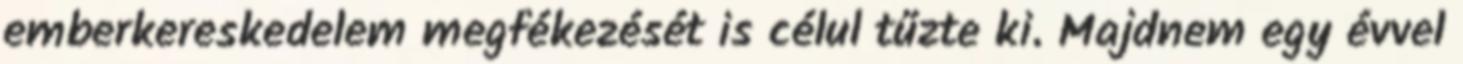
emberkereskedelem megfékezését is célul tűzte ki. Majdnem egy évvel